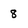
Character: 8